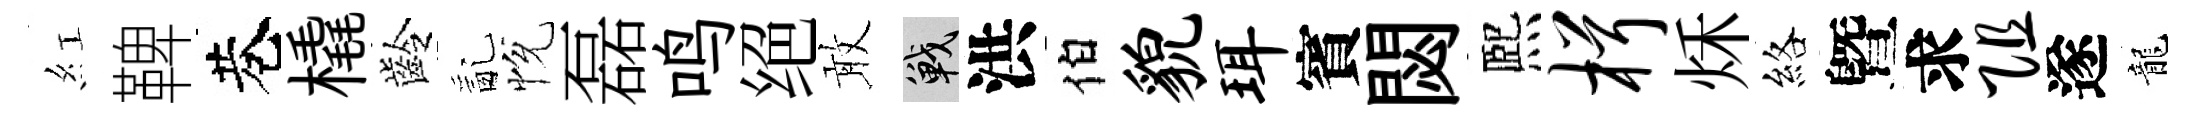
紅鞞巷橇齡亂恱磊鸣绝敢戰洪伯貌珥賓閟熈楫秌絡曁求阻遂龍